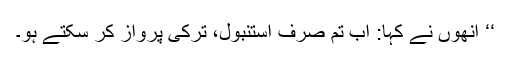
‘‘ انھوں نے کہا: اب تم صرف استنبول، ترکی پرواز کر سکتے ہو۔